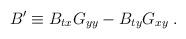
LaTeX: \begin{align*}B' \equiv B_{tx} G_{yy} - B_{ty} G_{xy}\;.\end{align*}